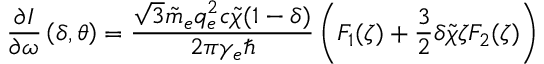
\frac { \partial I } { \partial \omega } \left( \delta , \theta \right) = \frac { \sqrt { 3 } \Tilde { m } _ { e } q _ { e } ^ { 2 } c \Tilde { \chi } ( 1 - \delta ) } { 2 \pi \gamma _ { e } \hbar } \left( F _ { 1 } ( \zeta ) + \frac { 3 } { 2 } \delta \Tilde { \chi } \zeta F _ { 2 } ( \zeta ) \right)